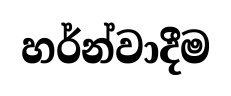
හර්න්වාදීම